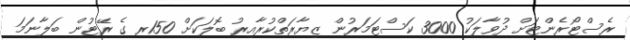
ރެސްޓޯރެންޓަށް ދުވާލަކު 3000 ކަސްޓަމަރުން ޒިޔާރަތްކުރާއިރު ބޮލަކަށް 150ރ ގެ ރޭޓުން ބަލާނަމަ